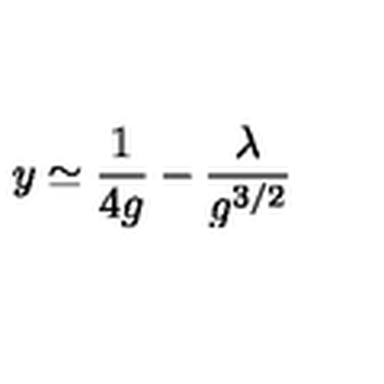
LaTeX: y \simeq \frac { 1 } { 4 g } - \frac { \lambda } { g ^ { 3 / 2 } }